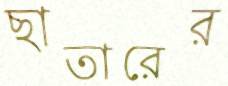
ছাতারের